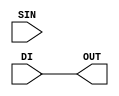
module ultra_slice_logic_dimux #(
	parameter [1023:0] SEL = "DI"
) (
	input DI, SIN,
	output OUT
);
	generate
		case(SEL)
			"DI": assign OUT = DI;
			"SIN":  assign OUT = SIN;
		endcase
	endgenerate
endmodule